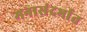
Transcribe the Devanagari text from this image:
मनासंदर्भात